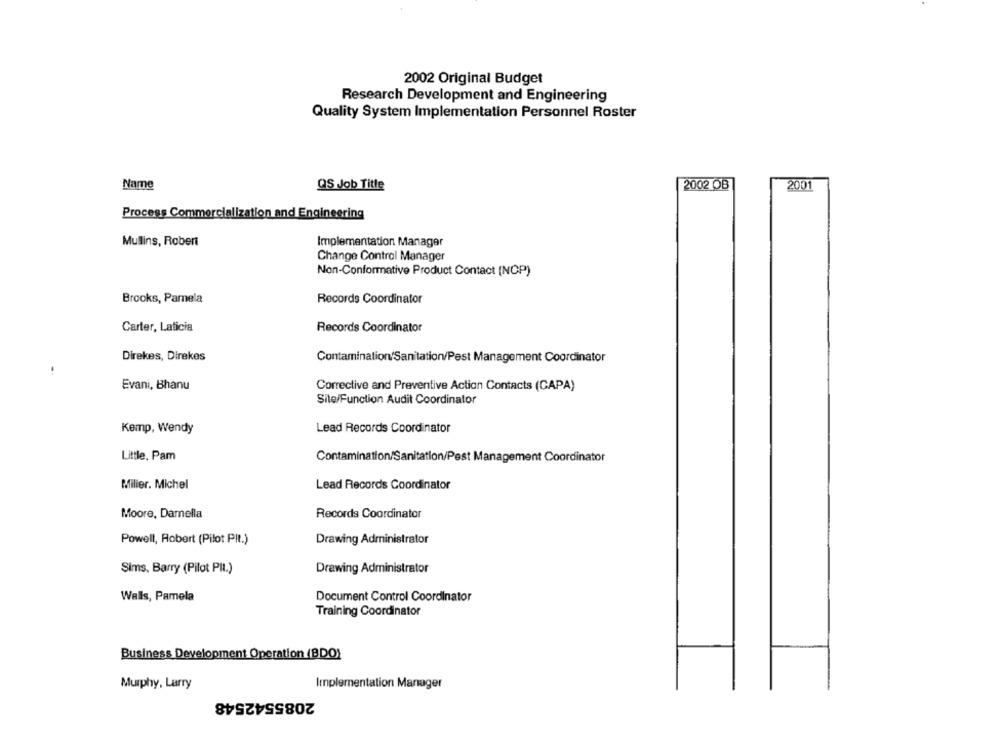
2002 Original Budget
Research Development and Engineering
Quality System Implementation Personnel Roster
Name
2002 OB
2001
QS Job Title
Process Commercialization and Engineering
Mullins, Robert
Implementation Manager
Change Control Manager
Non-Conformative Product Contact (NCP)
Brooks, Pamela
Records Coordinator
Carter, Laticia
Records Coordinator
Direkes, Direkes
Contamination Sanitation/Pest Management Coordinator
Evani, Bhanu
Corrective and Preventive Action Contacts (CAPA)
Site/Function Audit Coordinator
Kemp, Wendy
Lead Records Coordinator
Little, Pam
Contamination/Sanitation/Pest Management Coordinator
Milier. Michel
Lead Records Coordinator
Moore, Damella
Records Coordinator
Powell, Robert (Pilot PRt.)
Drawing Administrator
Sims, Barry (Pilot PII.)
Drawing Administrator
Walls, Pamela
Document Control Coordinator
Training Coordinator
Business Development Operation (BDO)
Murphy, Larry
Implementation Manager
2085542548